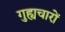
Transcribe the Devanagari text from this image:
गुह्यचारों